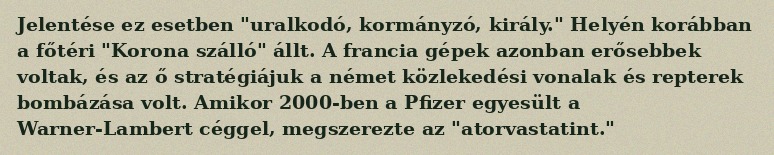
Jelentése ez esetben "uralkodó, kormányzó, király." Helyén korábban a főtéri "Korona szálló" állt. A francia gépek azonban erősebbek voltak, és az ő stratégiájuk a német közlekedési vonalak és repterek bombázása volt. Amikor 2000-ben a Pfizer egyesült a Warner-Lambert céggel, megszerezte az "atorvastatint."